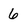
Character: 6